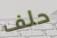
حلف